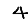
Digit: 4